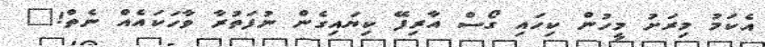
އެކަމު މިރަށު މީހުން ކިހައި ގޯސް އާރިފޭ ކިޔައިގެން ނުފަތުރާ ވާހަކައެއް ނެތް!"